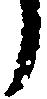
う